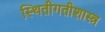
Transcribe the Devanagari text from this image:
स्थितीगतीशास्त्र